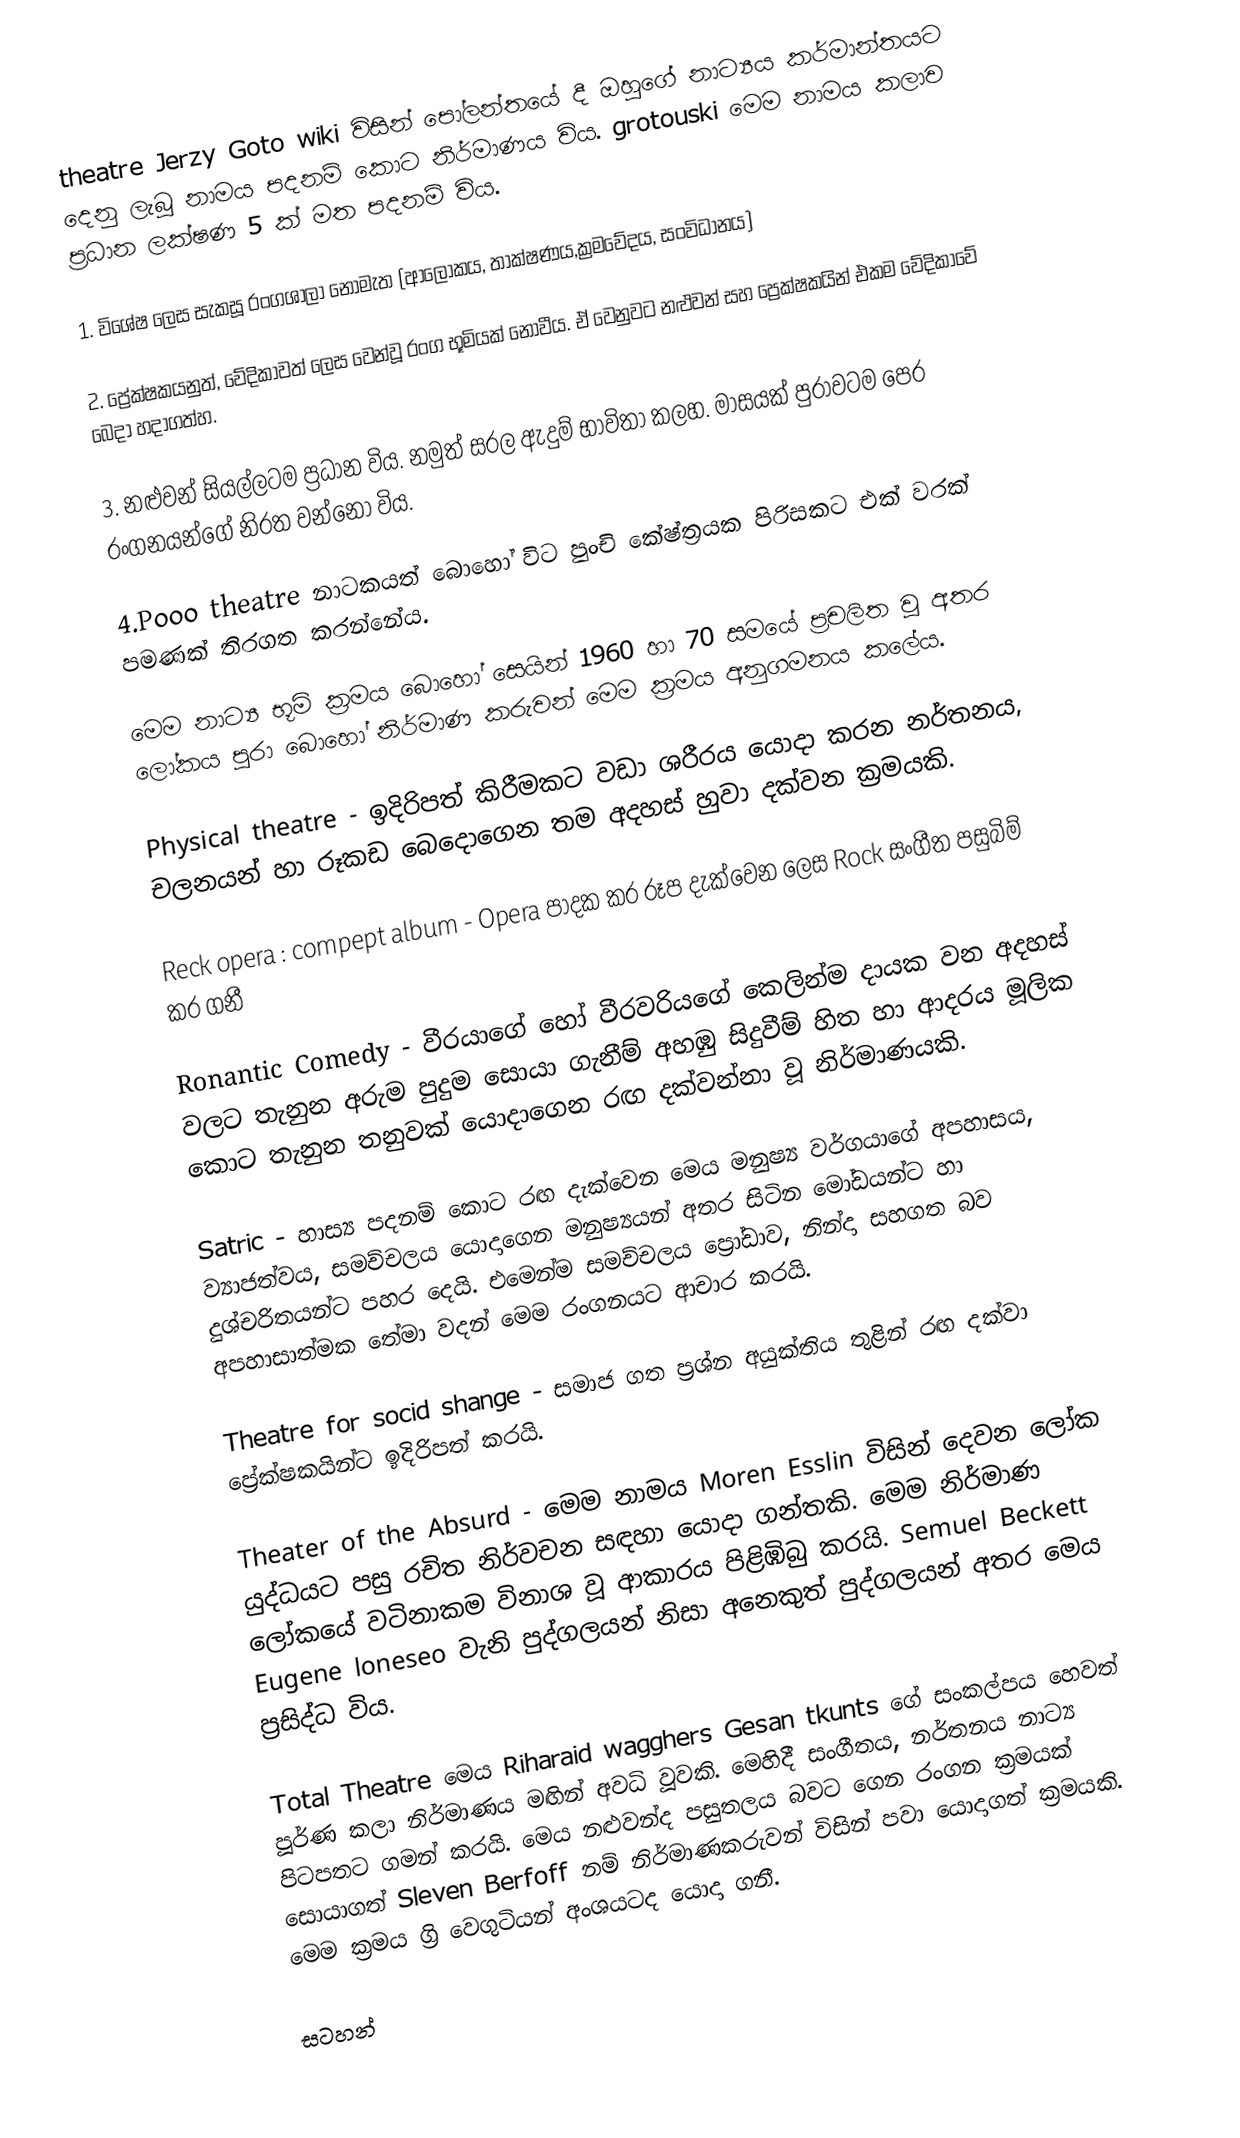
theatre Jerzy Goto wiki විසින් පෝලන්තයේ දී ඔහුගේ නාට්‍යය කර්මාන්තයට දෙනු ලැබූ නාමය පදනම් කොට නිර්මාණය විය.   grotouski මෙම නාමය කලාව ප්‍රධාන ලක්ෂණ 5 ක් මත පදනම් විය.

1.	විශේෂ ලෙස සැකසූ රංගශාලා නොමැත (ආලෝකය, තාක්ෂණය,ක්‍රමවේදය, සංවිධානය)

2.	ප්‍රේක්ෂකයනුත්, වේදිකාවත් ලෙස වෙන්වූ රංග භූමියක් නොවීය. ඒ වෙනුවට නළුවන් සහ ප්‍රෙක්ෂකයින් එකම වේදිකාවේ බෙදා හදාගත්හ.

3.	නළුවන් සියල්ලටම ප්‍රධාන විය. නමුත් සරල ඇදුම් භාවිතා කලහ. මාසයක් පුරාවටම පෙර රංගනයන්ගේ නිරත වන්නෝ විය.

4.Pooo theatre නාටකයත් බොහෝ විට පුංචි  කේෂ්ත්‍රයක පිරිසකට එක් වරක් පමණක් තිරගත කරන්නේය.

මෙම නාට්‍ය භූමි ක්‍රමය බොහෝ සෙයින් 1960 හා 70 සමයේ ප්‍රචලිත වූ අතර ලෝකය පුරා  බොහෝ නිර්මාණ කරුවන් මෙම ක්‍රමය අනුගමනය කලේය.

Physical theatre - ඉදිරිපත් කිරීමකට වඩා ශරීරය යොදා කරන නර්තනය, චලනයන් හා රූකඩ බෙදොගෙන තම අදහස් හුවා දක්වන ක්‍රමයකි.

Reck opera : compept album - Opera පාදක කර රූප දැක්වෙන ලෙස Rock සංගීත පසුබිම් කර ගනී

Ronantic Comedy - වීරයාගේ හෝ වීරවරියගේ කෙලින්ම දායක වන අදහස් වලට තැනුන අරුම පුදුම  සොයා ගැනීම් අහඹු සිදුවීම් හිත හා ආදරය මූලික කොට තැනුන තනුවක් යොදාගෙන රඟ දක්වන්නා වූ නිර්මාණයකි.

Satric - හාස්‍ය පදනම් කොට රඟ දැක්වෙන මෙය මනුෂ්‍ය වර්ගයාගේ අපහාසය, ව්‍යාජත්වය, සමච්චලය යොදාගෙන මනුෂ්‍යයන් අතර සිටින මෝඩයන්ට හා දුශ්චරිතයන්ට පහර දෙයි. එමෙන්ම සමච්චලය ප්‍රෝඩාව, නින්දා සහගත බව අපහාසාත්මක තේමා වදන් මෙම රංගනයට ආචාර කරයි.

Theatre for socid shange - සමාජ  ගත  ප්‍රශ්න අයුක්තිය තුළින් රඟ දක්වා ප්‍රේක්ෂකයින්‍ට ඉදිරිපත් කරයි.

Theater of the Absurd - මෙම නාමය  Moren Esslin විසින් දෙවන ලෝක යුද්ධයට පසු රචිත නිර්වචන සඳහා යොදා ගන්තකි. මෙම නිර්මාණ ලෝකයේ වටිනාකම විනාශ වූ ආකාරය පිළිඹිබු කරයි. Semuel Beckett Eugene loneseo වැනි පුද්ගලයන් නිසා අනෙකුත් පුද්ගලයන් අතර මෙය ප්‍රසිද්ධ විය.

Total Theatre	මෙය Riharaid wagghers Gesan tkunts ගේ සංකල්පය හෙවත් පූර්ණ කලා නිර්මාණය මඟින් අවධි වූවකි. මෙහිදී සංගීතය, නර්තනය නාට්‍ය පිටපතට ගමන් කරයි. මෙය නළුවන්ද පසුතලය  බවට ගෙන රංගන ක්‍රමයක් සොයාගත්  Sleven Berfoff නම් නිර්මාණකරුවන් විසින් පවා යොදාගත් ක්‍රමයකි. මෙම ක්‍රමය ග්‍රි වෙගුටියන් අංශයටද යොදා ගනී.

සටහන්